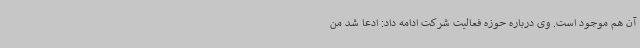
آن هم موجود است. وی درباره حوزه فعالیت شرکت ادامه داد: ادعا شد من